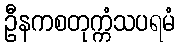
ဦနကစတုက္ကံသပရမံ